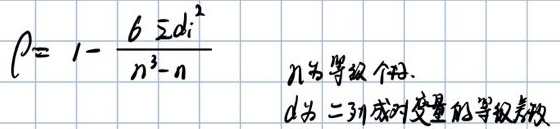
\[
\rho=1-\frac{6\sumd_{i}^{2}}{n^{3}-n}
\]
n为等级个数.
d为二列成对变量的等级差数